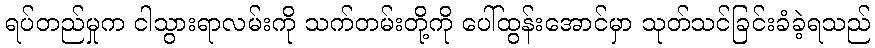
ရပ်တည်မှုက ငါသွားရာလမ်းကို သက်တမ်းတို့ကို ပေါ်ထွန်းအောင်မှာ သုတ်သင်ခြင်းခံခဲ့ရသည်